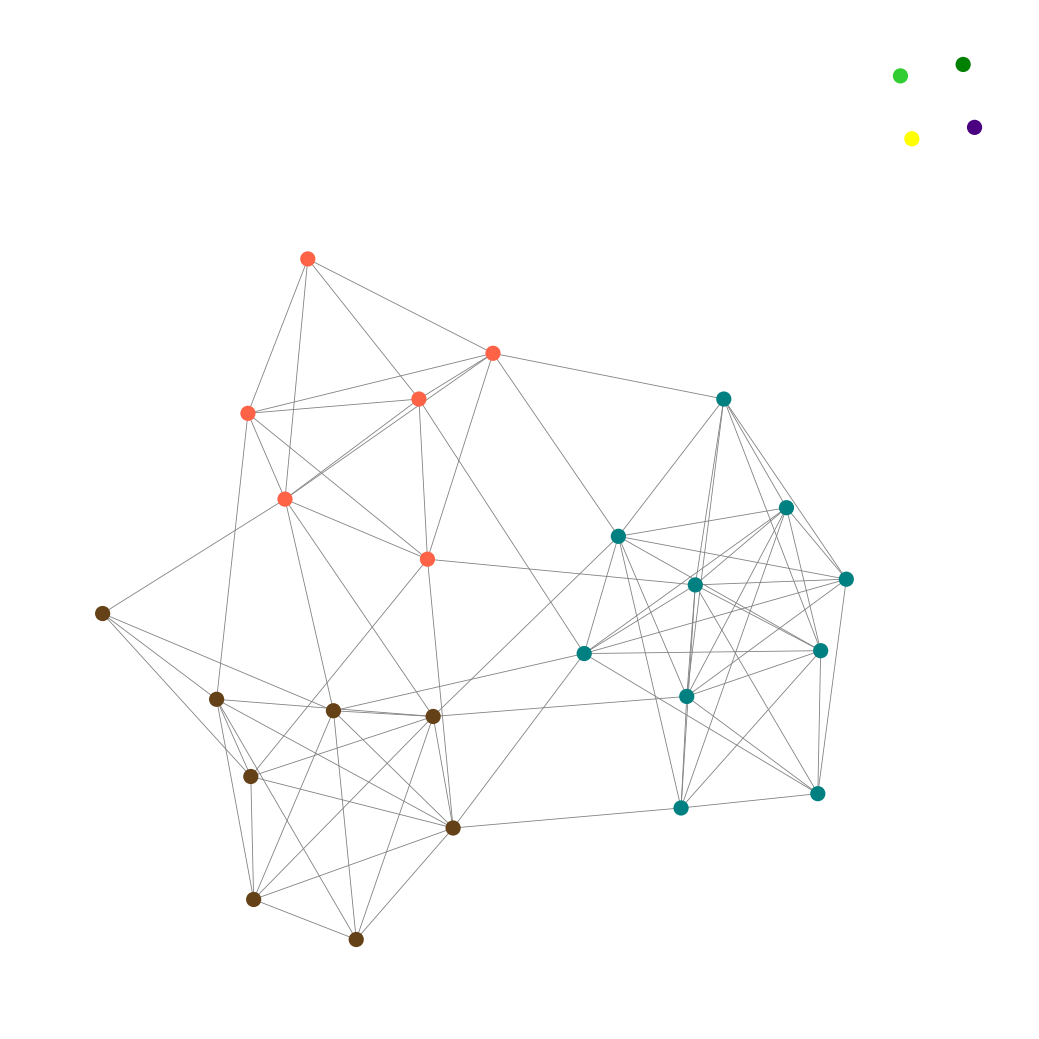
Graph connected: No
Number of connected components: 5
Number of singletons: 4
Total number of nodes: 28
Total number of edges: 85
Number of communities: 7
Community sizes:
Green: 1
Indigo: 1
Lime Green: 1
Pullman Brown: 8
Teal: 10
Tomato: 6
Yellow: 1
Graph layout: tda
Graph generation method: erdos_renyi